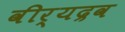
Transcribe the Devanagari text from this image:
वीर्यद्रव